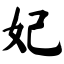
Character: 妃